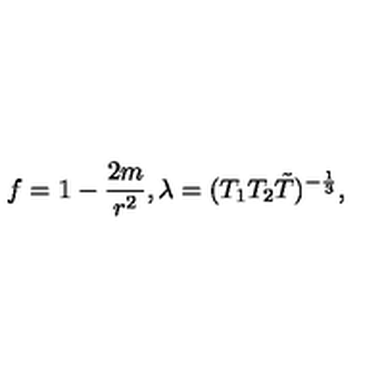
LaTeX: f = 1 - { \frac { 2 m } { r ^ { 2 } } } , \lambda = ( T _ { 1 } T _ { 2 } \tilde { T } ) ^ { - { \frac { 1 } { 3 } } } ,